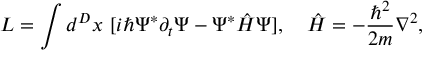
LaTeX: L = \int d ^ { D } x ~ [ i \hbar \Psi ^ { * } \partial _ { t } \Psi - \Psi ^ { * } \hat { H } \Psi ] , ~ ~ ~ \hat { H } = - \frac { \hbar ^ { 2 } } { 2 m } \nabla ^ { 2 } ,